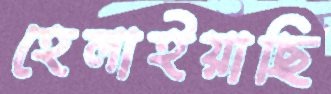
হেলাইয়াছি